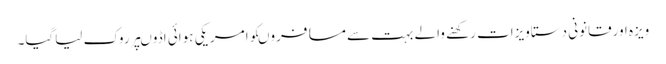
ویزہ اورقانونی دستاویزات رکھنے والے بہت سے مسافروںکوامریکی ہوائی اڈوںپرروک لیاگیا۔